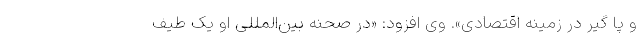
و پا گیر در زمینه اقتصادی». وی افزود: «در صحنه بین‌المللی او یک طیف